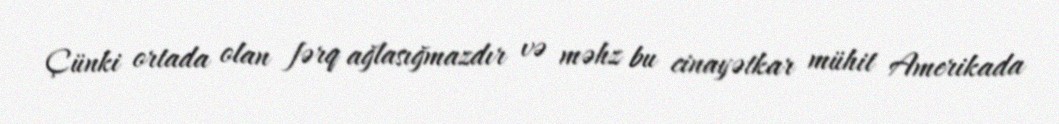
Çünki ortada olan fərq ağlasığmazdır və məhz bu cinayətkar mühit Amerikada